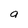
Character: a